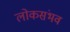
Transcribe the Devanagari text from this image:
लोकसंभव